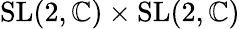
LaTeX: {\mathrm{SL}}(2,\mathbb{C})\times{\mathrm{SL}}(2,\mathbb{C})